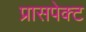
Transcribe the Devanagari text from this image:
प्रासपेक्ट